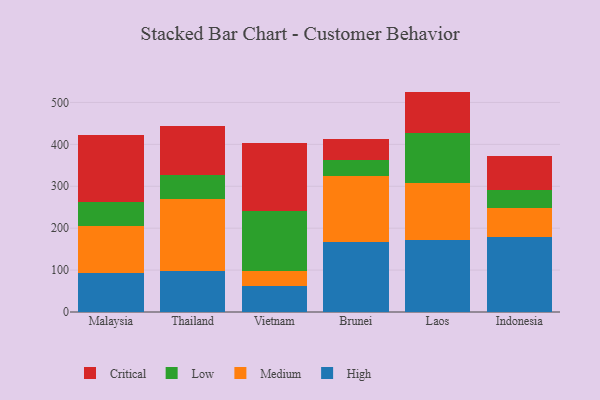
{"axis": {"x": "Country", "y": "Production Output"}, "legend": ["Critical", "High", "Low", "Medium"], "data": [{"x": "Malaysia", "y": 92.4, "type": "High"}, {"x": "Malaysia", "y": 113.6, "type": "Medium"}, {"x": "Malaysia", "y": 55.9, "type": "Low"}, {"x": "Malaysia", "y": 160.6, "type": "Critical"}, {"x": "Thailand", "y": 97.0, "type": "High"}, {"x": "Thailand", "y": 173.5, "type": "Medium"}, {"x": "Thailand", "y": 56.9, "type": "Low"}, {"x": "Thailand", "y": 116.4, "type": "Critical"}, {"x": "Vietnam", "y": 62.4, "type": "High"}, {"x": "Vietnam", "y": 34.5, "type": "Medium"}, {"x": "Vietnam", "y": 144.0, "type": "Low"}, {"x": "Vietnam", "y": 162.5, "type": "Critical"}, {"x": "Brunei", "y": 167.5, "type": "High"}, {"x": "Brunei", "y": 156.7, "type": "Medium"}, {"x": "Brunei", "y": 38.9, "type": "Low"}, {"x": "Brunei", "y": 49.9, "type": "Critical"}, {"x": "Laos", "y": 170.9, "type": "High"}, {"x": "Laos", "y": 136.5, "type": "Medium"}, {"x": "Laos", "y": 119.1, "type": "Low"}, {"x": "Laos", "y": 99.4, "type": "Critical"}, {"x": "Indonesia", "y": 179.5, "type": "High"}, {"x": "Indonesia", "y": 67.7, "type": "Medium"}, {"x": "Indonesia", "y": 43.8, "type": "Low"}, {"x": "Indonesia", "y": 81.3, "type": "Critical"}]}